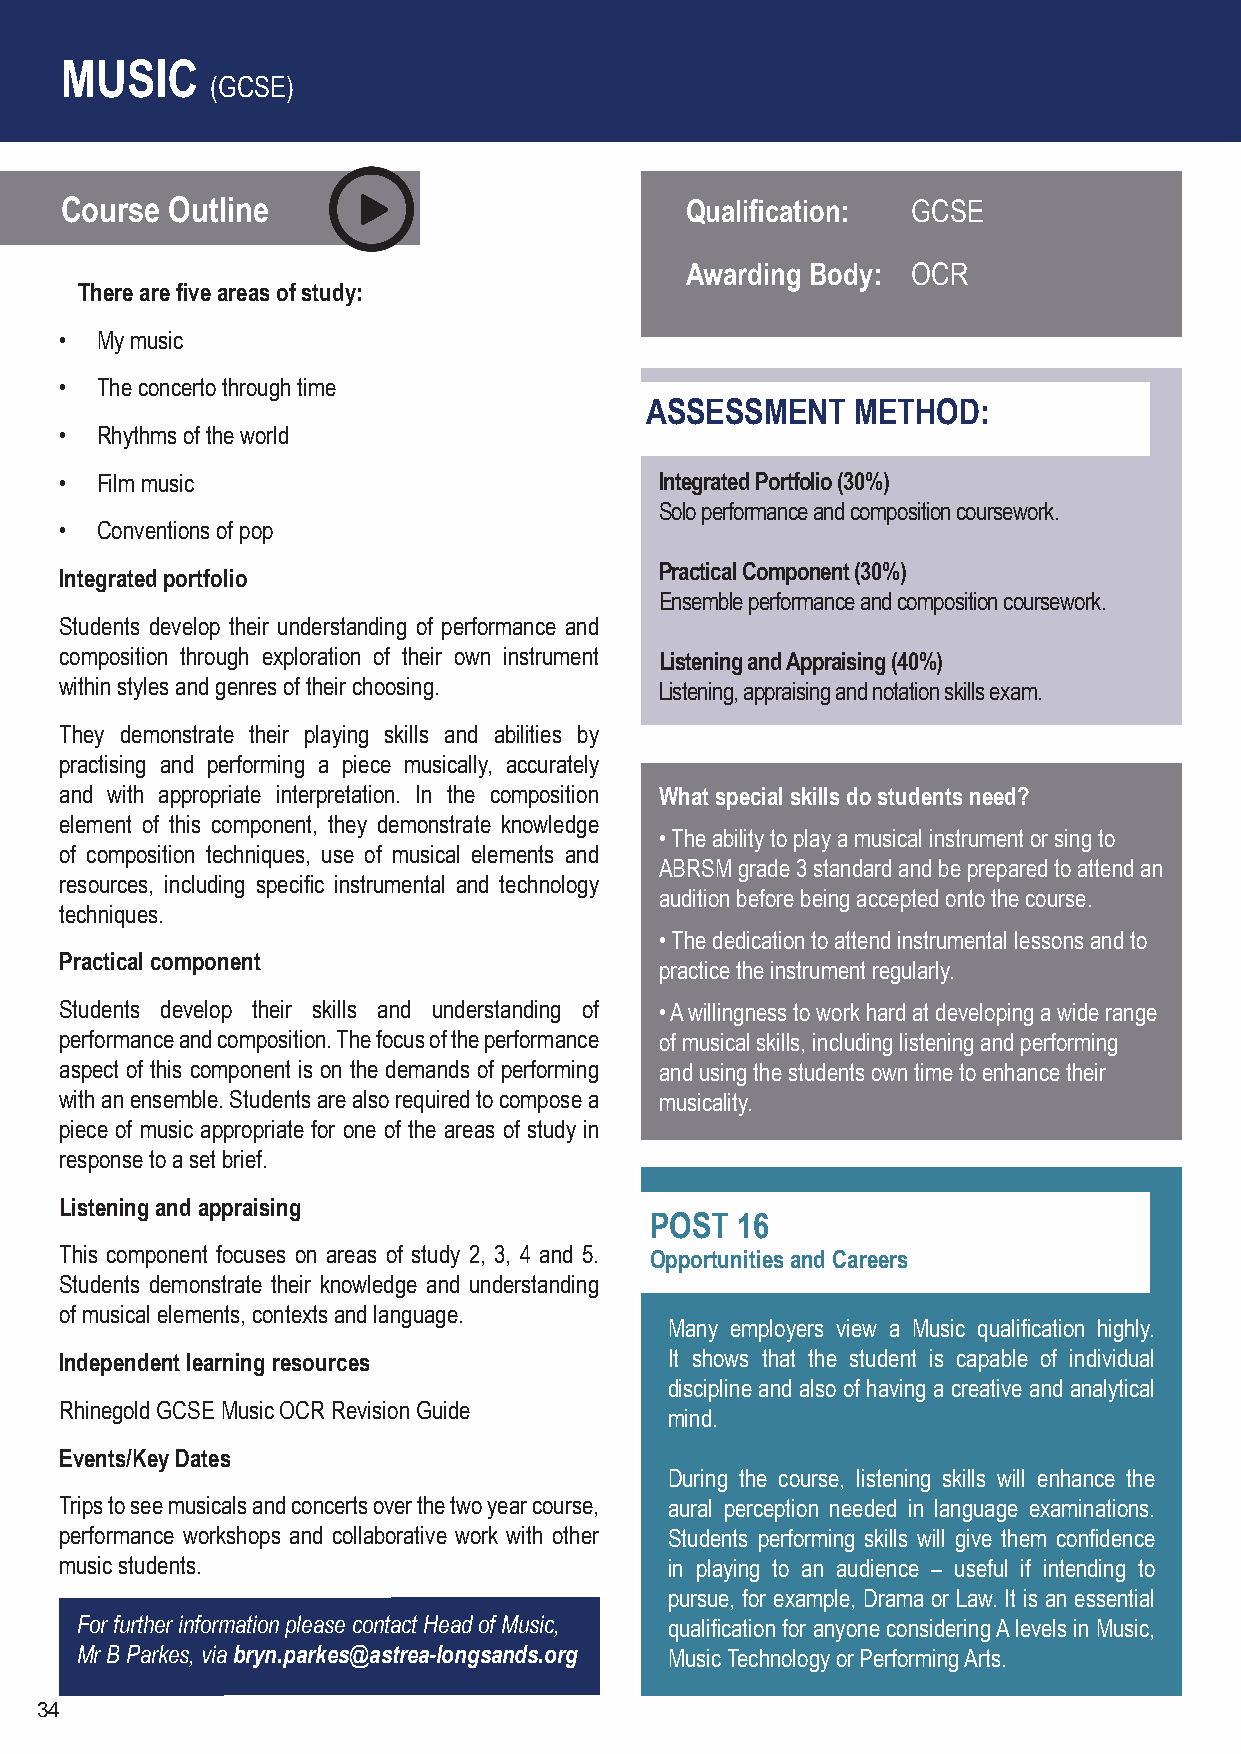
MUSIC
 (GCSE)
 Course Outline                           Qualification: GCSE
 Awarding Body: OCR
 There are five areas of study:
 • My music
 • The concerto through time
 ASSESSMENT   METHOD:
 • Rhythms of the world
 • Film music                            Integrated Portfolio (30%)
 Solo performance and composition coursework.
 • Conventions of pop
 Practical Component (30%)
 Integrated portfolio
 Ensemble performance and composition coursework.
 Students develop their understanding of performance and
 composition through exploration of their own instrument Listening and Appraising (40%)
 within styles and genres of their choosing. Listening, appraising and notation skills exam.
 They demonstrate their playing skills and abilities by
 practising and performing a piece musically, accurately
 and with appropriate interpretation. In the composition What special skills do students need?
 element of this component, they demonstrate knowledge
 • The ability to play a musical instrument or sing to
 of composition techniques, use of musical elements and
 ABRSM grade 3 standard and be prepared to attend an
 resources, including specific instrumental and technology
 audition before being accepted onto the course.
 techniques.
 • The dedication to attend instrumental lessons and to
 Practical component
 practice the instrument regularly.
 Students develop their skills and understanding of • A willingness to work hard at developing a wide range
 performance and composition. The focus of the performance of musical skills, including listening and performing
 aspect of this component is on the demands of performing and using the students own time to enhance their
 with an ensemble. Students are also required to compose a musicality.
 piece of music appropriate for one of the areas of study in
 response to a set brief.
 Listening and appraising
 POST  16
 This component focuses on areas of study 2, 3, 4 and 5. Opportunities and Careers
 Students demonstrate their knowledge and understanding
 of musical elements, contexts and language.
 Many employers view a Music qualification highly.
 Independent learning resources          It shows that the student is capable of individual
 discipline and also of having a creative and analytical
 Rhinegold GCSE Music OCR Revision Guide
 mind.
 Events/Key Dates
 During the course, listening skills will enhance the
 Trips to see musicals and concerts over the two year course, aural perception needed in language examinations.
 performance workshops and collaborative work with other Students performing skills will give them confidence
 music students.                         in playing to an audience – useful if intending to
 pursue, for example, Drama or Law. It is an essential
 For further information please contact Head of Music, qualification for anyone considering A levels in Music,
 Mr B Parkes, via bryn.parkes@astrea-longsands.org Music Technology or Performing Arts.
 34